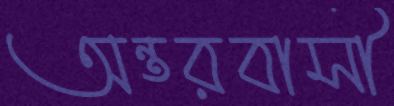
অন্তরবাসী